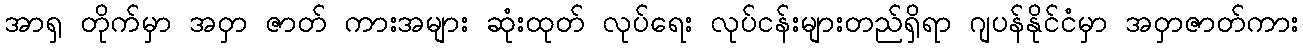
အာရှ တိုက်မှာ အဝှာ ဇာတ် ကားအများ ဆုံးထုတ် လုပ်ရေး လုပ်ငန်းများတည်ရှိရာ ဂျပန်နိုင်ငံမှာ အဝှာဇာတ်ကား